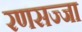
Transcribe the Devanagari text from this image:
रणसज्जा